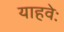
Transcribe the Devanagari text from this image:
याहवेः